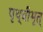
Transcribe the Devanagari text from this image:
पृथ्वीभृत्